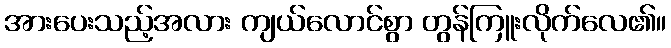
အားပေးသည့်အလား ကျယ်လောင်စွာ တွန်ကြူးလိုက်လေ၏။